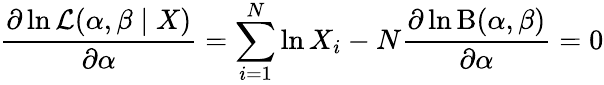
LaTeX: {\frac{\partial\ln{\mathcal{L}}(\alpha,\beta\mid X)}{\partial\alpha}}=\sum_{i=1}^{N}\ln X_{i}-N{\frac{\partial\ln\mathrm{B}(\alpha,\beta)}{\partial\alpha}}=0